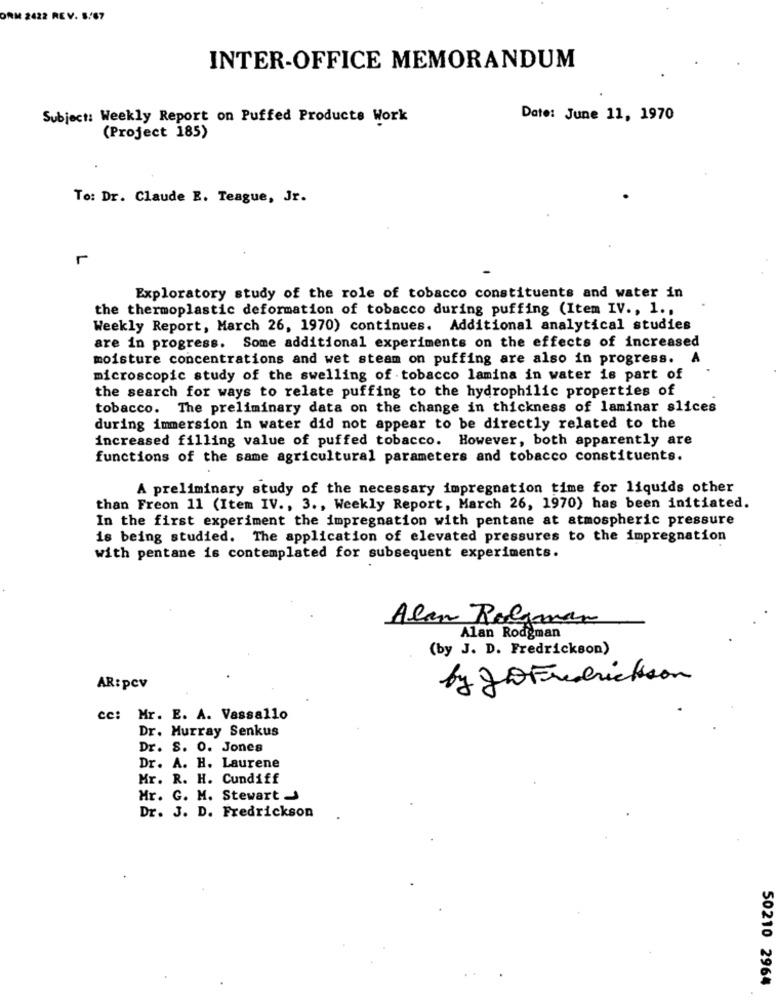
ORM 2422 REV. S.
INTER-OFFICE MEMORANDUM
Subject: Weekly Report on Puffed Products Work
Date: June 11, 1970
(Project 185)
To: Dr. Claude E. Teague, Jr.
Exploratory study of the role of tobacco constituents and water in
the thermoplastic deformation of tobacco during puffing (Item IV ., 1 .,
Weekly Report, March 26, 1970) continues. Additional analytical studies
are in progress. Some additional experiments on the effects of increased
moisture concentrations and wet steam on puffing are also in progress.
A
microscopic study of the swelling of tobacco lamina in water is part of
the search for ways to relate puffing to the hydrophilic properties of
tobacco. The preliminary data on the change in thickness of laminar slices
during immersion in water did not appear to be directly related to the
increased filling value of puffed tobacco. However, both apparently are
functions of the same agricultural parameters and tobacco constituents.
A preliminary study of the necessary impregnation time for liquids other
than Freon 11 (Item IV ., 3 ., Weekly Report, March 26, 1970) has been initiated.
In the first experiment the impregnation with pentane at atmospheric pressure
is being studied. The application of elevated pressures to the impregnation
with pentane is contemplated for subsequent experiments.
Alan Rolgman
Alan Rodgman
(by J. D. Fredrickson)
by goFrederickson
AR: pcv
cc: Mr. E. A. Vassallo
Dr. Murray Senkus
Dr. S. O. Jones
Dr. A. H. Laurene
Mr. R. H. Cundiff
Mr. G. M. Stewart
Dr. J. D. Fredrickson
50210 2964